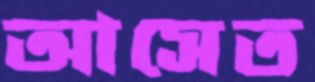
আসেত